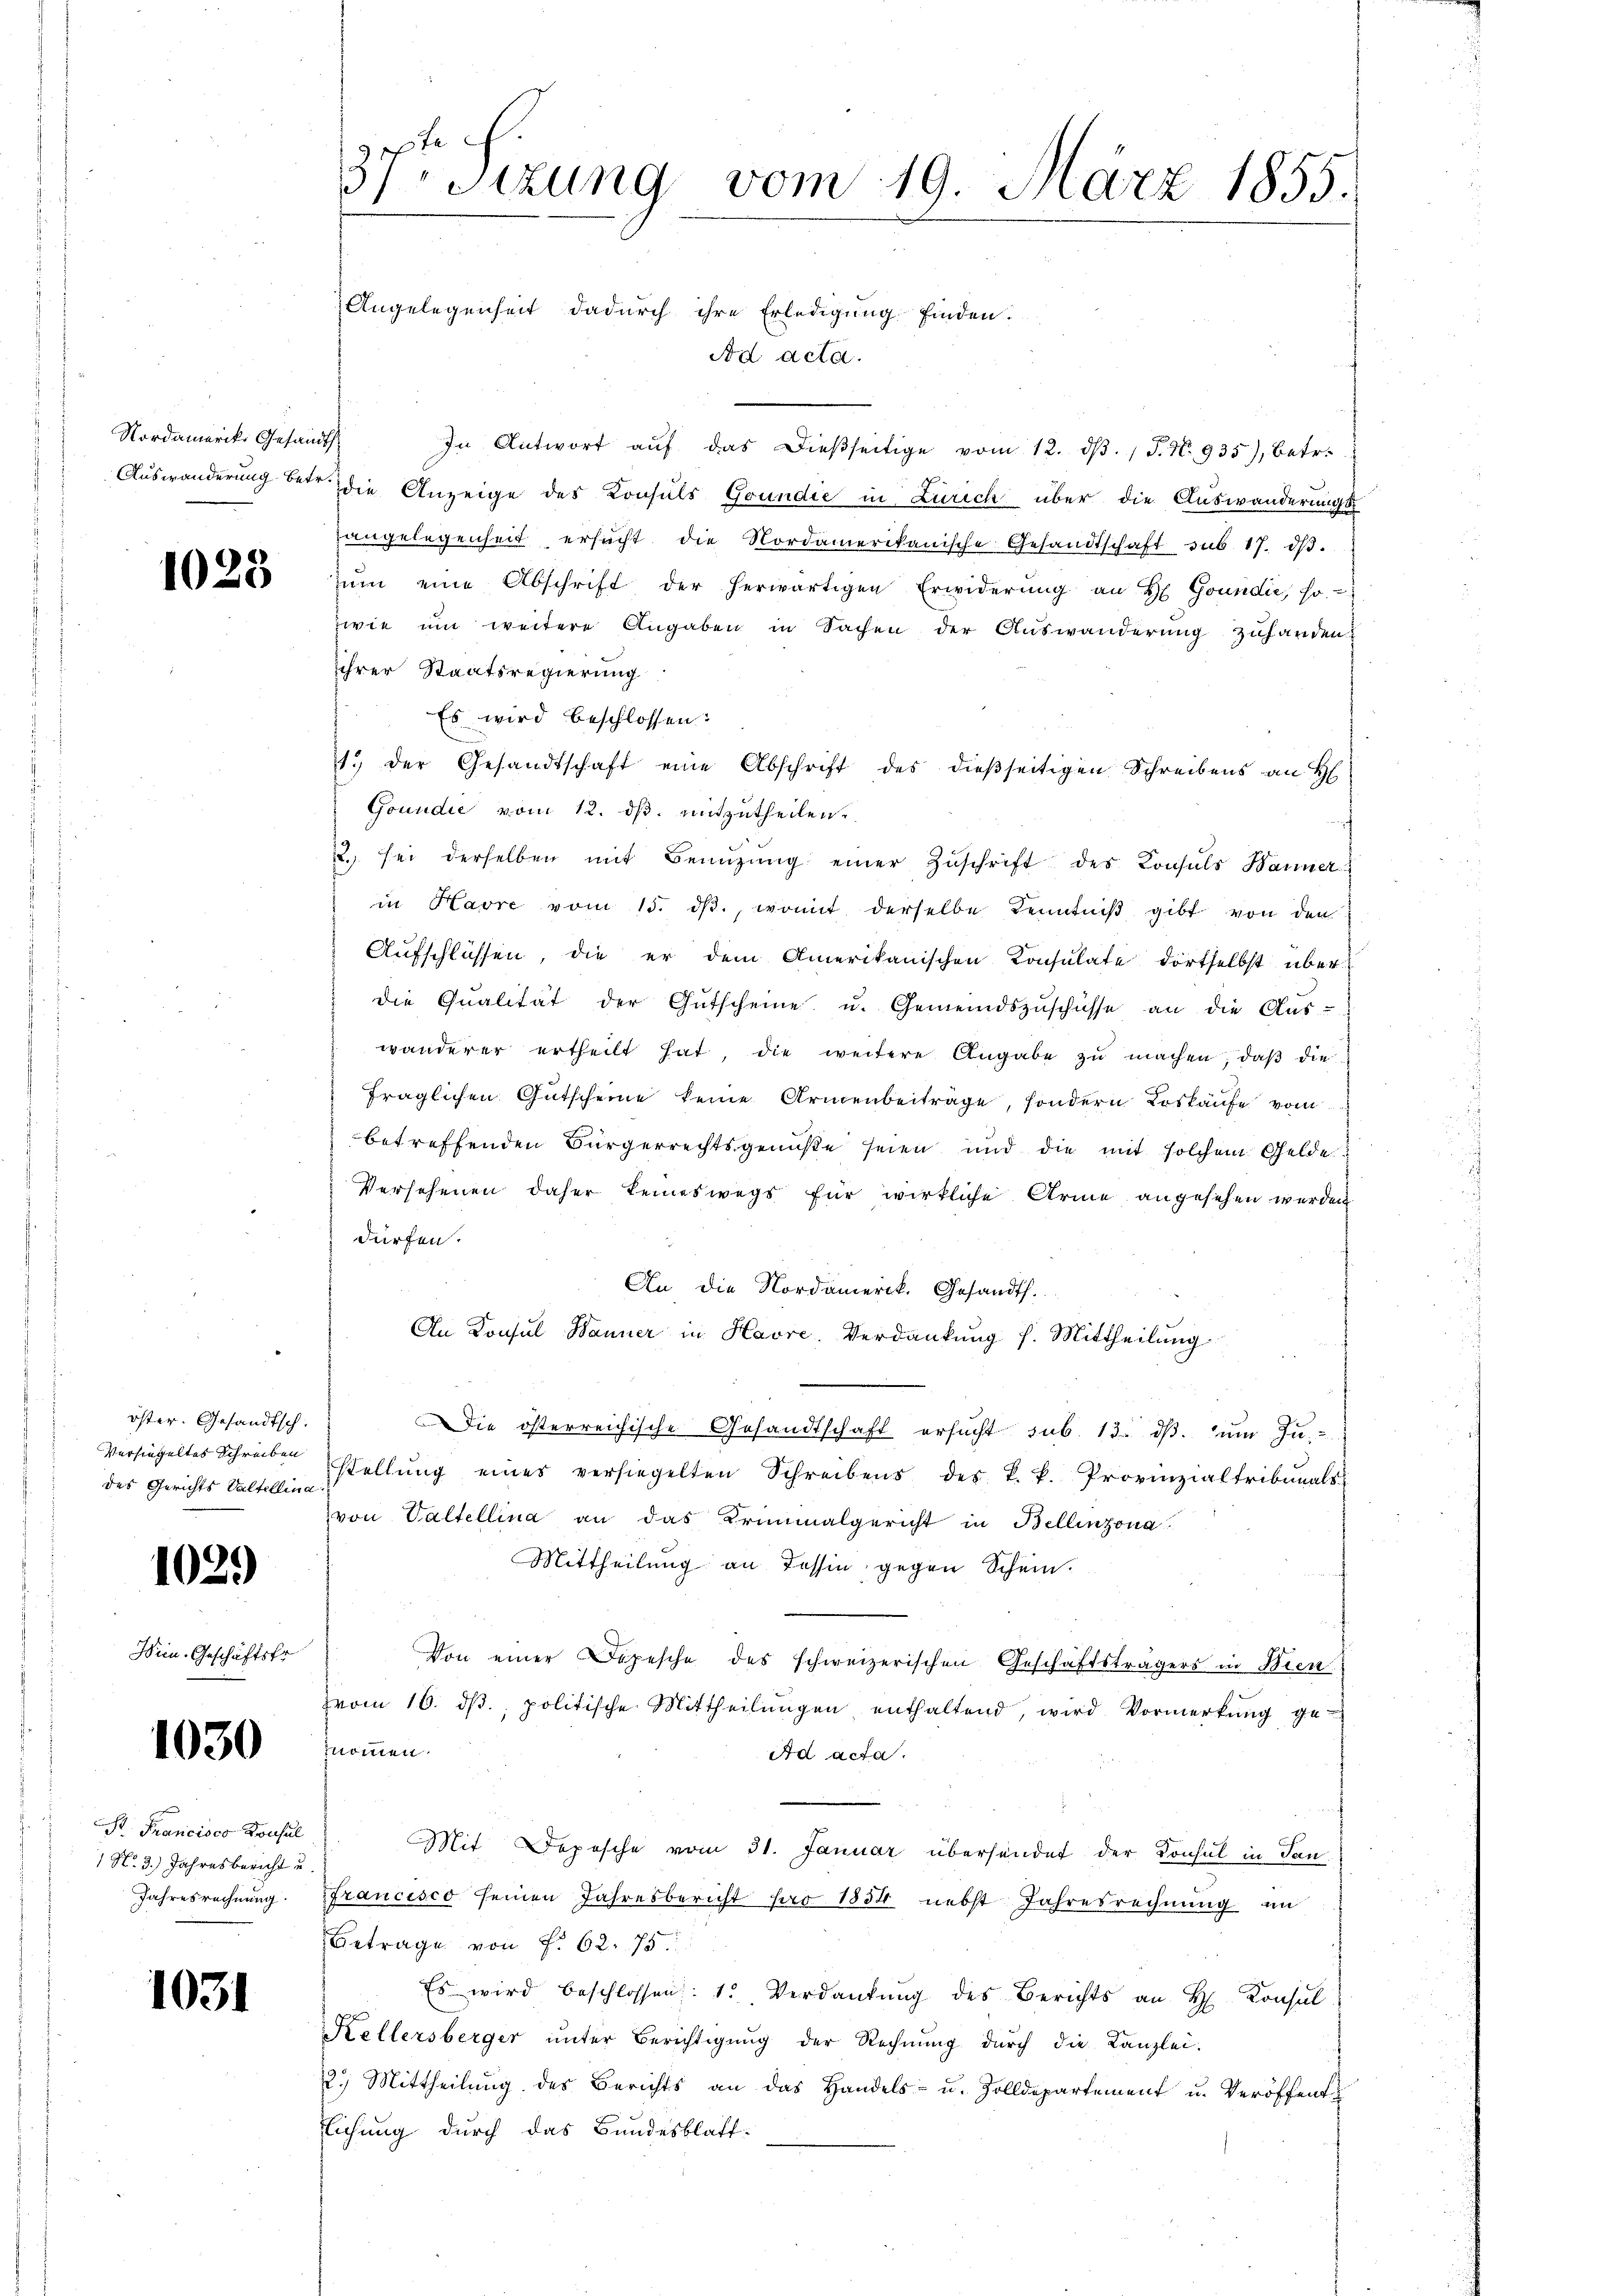
Nordamerike Gesandts

1028

öster. Gesandtsch.
Versiegeltes Schreiben
des Gerichts Valtellina.

1029

Wein Geschäftsfr

1030

S. Francisco Konsul
1 No. 3.) Jahresbericht u.
Jahresrechnung

1031

37 sizung vom 19. März 1855.
se,
Angelegenheit dadurch ihre Erledigung finden.

Ad acta.
In Antwort aŭf das dießseitige vom 12. dβ. / P. Nr. 935), betr.
Auswanderung betr. die Anzeige des Konsuls Grundie in Zürich über die Auswanderungs
angelegenheit ersucht die Nordamerikanische Gesandtschaft sub. 17. dβ.
ŭm eine Abschrift der herwärtigen Erwiderŭng an H. Grundić, fo
wie um weitere Angaben in Sachen der Auswanderung zuhanden
ihrer Staatsregierung
Es wird beschlossen:
1. der Gesandtschaft eine Abschrift des dießseitigen Schreibens an H
Goundie vom 12. ds. mitzutheilen.
2. sei derselben mit Benüzŭng einer Zŭschrift des Konsuls Banner
in Havre vom 15. dβ., womit derselbe Kenntniß gibt von den
Aŭfschlüssen, die er dem Amerikanischen Konsulate dortselbst über
die Qualität der Gütscheine u. Gemeindszŭschüsse an die Aŭs-
wanderer ertheilt hat, die weitere Angabe zu machen, daß die
fraglichen Gutscheine keine Armenbeitrage, sondern Loskäufe vom
betreffenden Bürgerrechtsgenuße seien und die mit solchem Gelde
Versehenen daher keineswegs für wirkliche Arme angesehen werden
dürfen.
An die Nordamerik. Gesandts.
An Konsul Manner in Havre, Verdankung l. Mittheilung
Die österreichische Gesandtschaft ersucht sub. 13. dβ. zum Ju-
stellŭng eines versiegelten Schreibens des k. k. Provinzialtribunals
von Valtellina an das Kriminalgericht in Bellinzona
Mittheilung an Tessin gegen Schein.
Von einer Depesche des schweizerischen Geschäftsträgers in Bien
vom 16. dβ. politische Mittheilŭngen enthaltend, wird Vormerkŭng ge-
nommen.
Ad acta.
Mit Deposche vom 31. Januar übersendet der Konsul in Sanfrancisco seinen Jahresbericht pro 1854 nebst Jahresrechnŭng im
Betrage von f. 62. 75.
Es wird beschlossen: 1. Verdankŭng des Berichts an H. Konsul
Kellersberger ŭnter Berichtigŭng der Rechnŭng durch die Kanzlei-
2.) Mittheilŭng des Berichts an das Handels- u. Zolldepartement u. Veröffent-
lichung durch das Bundesblatt-